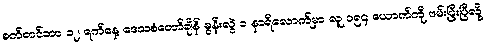
စက်တင်ဘာ ၁၂ ရက်နေ့ ဒေသစံတော်ချိန် မွန်းလွဲ ၁ နာရီလောက်မှာ လူ ၁၅၄ ယောက်ကို ဖမ်းပြီးပြီလို့